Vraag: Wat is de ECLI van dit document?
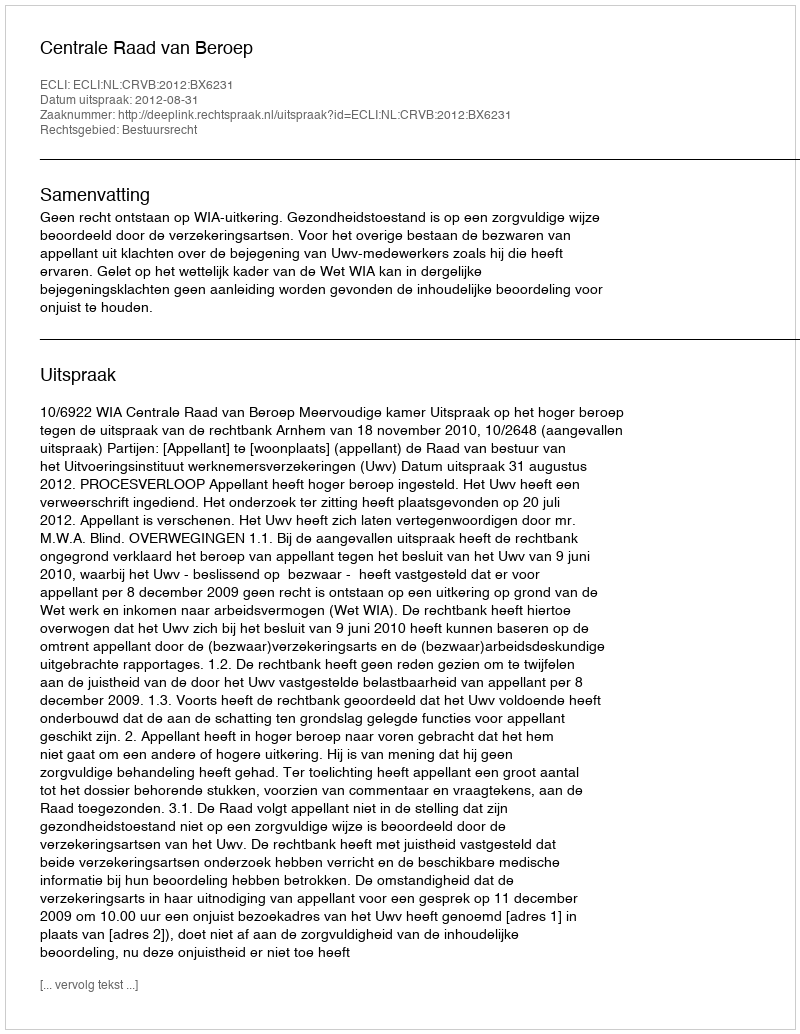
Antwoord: ECLI:NL:CRVB:2012:BX6231